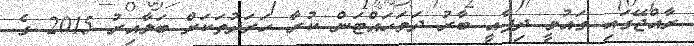
ރާއްޖޭގައި ގައުމީ ދިފާއީ ބާރު ދަމަހައްޓަން ކުރާ ހަރަދުތަކަށް ބަލާއިރު 2015 ގެ